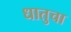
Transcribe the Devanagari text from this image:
धातुचा